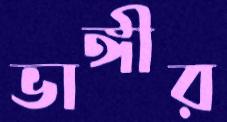
ভাঙ্গীর